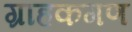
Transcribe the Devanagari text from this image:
ग्राहकगण